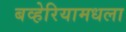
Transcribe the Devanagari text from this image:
बव्हेरियामधला